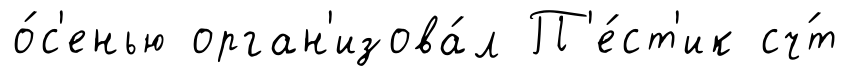
о́с'енью орган'изова́л П'е́ст'ик сч́т